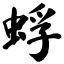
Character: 蜉